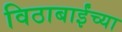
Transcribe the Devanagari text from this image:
विठाबाईंच्या